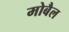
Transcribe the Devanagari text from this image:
मोबैल